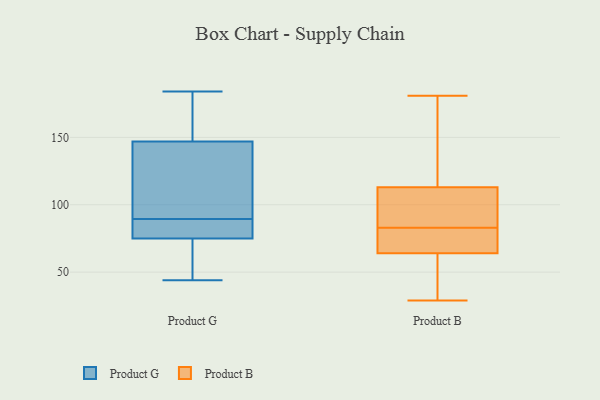
{"axis": {"x": "Tickets Resolved", "y": "Value"}, "legend": ["Product B", "Product G"], "data": [{"x": "", "y": 44, "type": "Product G"}, {"x": "", "y": 88, "type": "Product G"}, {"x": "", "y": 72, "type": "Product G"}, {"x": "", "y": 81, "type": "Product G"}, {"x": "", "y": 147, "type": "Product G"}, {"x": "", "y": 91, "type": "Product G"}, {"x": "", "y": 75, "type": "Product G"}, {"x": "", "y": 175, "type": "Product G"}, {"x": "", "y": 147, "type": "Product G"}, {"x": "", "y": 184, "type": "Product G"}, {"x": "", "y": 62, "type": "Product B"}, {"x": "", "y": 29, "type": "Product B"}, {"x": "", "y": 72, "type": "Product B"}, {"x": "", "y": 82, "type": "Product B"}, {"x": "", "y": 157, "type": "Product B"}, {"x": "", "y": 66, "type": "Product B"}, {"x": "", "y": 113, "type": "Product B"}, {"x": "", "y": 84, "type": "Product B"}, {"x": "", "y": 33, "type": "Product B"}, {"x": "", "y": 91, "type": "Product B"}, {"x": "", "y": 120, "type": "Product B"}, {"x": "", "y": 64, "type": "Product B"}, {"x": "", "y": 181, "type": "Product B"}, {"x": "", "y": 90, "type": "Product B"}]}